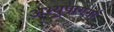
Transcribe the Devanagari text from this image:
अभ्युपागमों